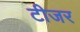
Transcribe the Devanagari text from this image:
टीजर